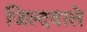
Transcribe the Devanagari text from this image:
जिल्दवाले